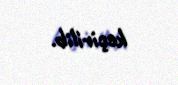
keçirilib.